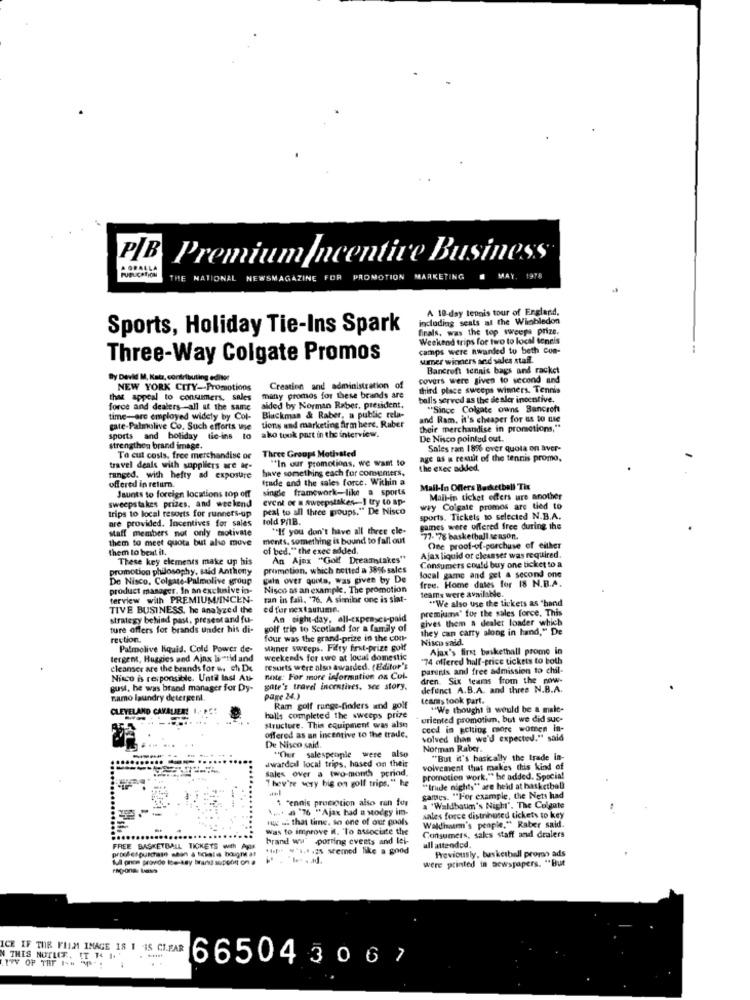
PB
PremiumIncentive Business
A GRALLA
THE NATIONAL NEWSMAGAZINE FOR
PROMOTION MARKETING
MAY. 1978
A 10-day teunis tour of England,
including seats al the Wimbledon
Sports, Holiday Tie-Ins Spark
finals, was the top sweeps prize.
Weekend trips for two to local tennis
camps were awarded to beth com-
Three-Way Colgate Promos
sumer winners and sales staff.
Bancroft tennis bags and racket
By David M, Katz, contributing editor
covers were given to second and
NEW YORK CITY -- Promotions
Creation and administration of
third place sweeps winners. Tennis
that appeal to consumers, sales
many promos for these brands are
balls served as the dealer incentive.
force and dealers -- all at the same
aided by Norman Raber, president.
"Since Colgate owns Bancroft
time-are employed widely by Col-
Blackman & Raber, a public rela-
tions and marketing firm here. Ruber
and Ram. it's cheaper for us to use
gate-Palmolive Co. Such efforts use
their merchandise in promotions,"
sports and holiday tie-ins to
ako took part in the interview.
De Nisco pointed out.
strengthen brand image.
Three Groups Mothsted
Sales ram 18% over quota on aver-
To cut costs, free merchandise or
"In our promotions, we want to
age as a result of the tennis promo,
travel deals with suppliers are ar-
have something each for comunters,
the exec aded,
ranged. with hefty ad exposure
trade and the sales force. Within a
offered in return.
single framework-like a sports
Mail-in Offers Basketball Tix
sweepstakes prizes, and weekend
Jaunts to foreign locations top off
Event er = sweepstakes- I try to ap-
Mail-in ticket offers ure another
trips to local resorts for runners-up
peal to all three groups." De Nisco
wey Colgate promos are tied to
are provided. Incentives for sales
told P/1B.
sports. Tickets 10 selected N.B.A.
staff members not only motivate
"If you don't have all three cle-
games were offered free during the
them to meet quota but also muve
ments, something is bound to fall out
77- 78 basketball season.
them to beat il.
of bed." the exec added.
One proof-of-porchuse of either
These key elements make up his
An Ajax "Golf Dreamstakes"
Ajax liquid or cleanser was required.
promotion philosophy, said Anthony
promotion, which netted a 3896 sales
Consumers could buy one ticket to a
local game and gel & second one
De Nisco. Colgate-Palmolive group
pela over quota, was given by De
free. Home dates for 18 N.B.A.
product manager. In an exclusive in-
Nisco as an example. The promotion
teams were available.
terview with PREMIUM/INCEN-
ran in fail. '76. A similar one is siat-
"We also use the tickets as "hand
TIVE BUSINESS, he analyzed the
ed for nextautumn.
premiums" for the sales force. This
strategy behind past, present and fu-
An eight-day, all-expenses-paid
gives them a dealer loader which
ture offers for brands under his di-
golf trip to Scotland for a family of
they can carry along in hand," De
rection.
four was the grand-prize in the con-
Nisco said.
Palmolive liquid. Cold Power de-
Mamer sweeps. Fifty first-prize golf
Ajax's first baskethall prome in
tergent, Huggies and Ains liesid and
weekends for two at local domestic
74 offered half-price tickets to both
cleanser are the brands for us chi De
resorts were also awarded. (Editor's
parents and free admission to chil-
Nisco is responsible. Until last Au-
note: For more information on Col.
dren. Six teams from the noww-
gust, he was brand manager for Dy-
gite's trave incentives, see story.
defunct A.B.A. and three N.B.A.
namo laundry detergent.
page 24.)
teams took part.
CLEVELAND CAVALIERS
Ram golf runge-finders and golf
"We thought i would be a male-
bulls completed the sweeps prize
oriented promotion, but we did suc-
structure. This equipment was also
ceed in getting more women in-
offered as an incentive to the trade,
volved than we'd expected." said
De Nisco said.
Norman Raber.
awarded local trips, hased on their
"Cher salespeople were also
"But it's basically the trade in-
sales over a two-month period.
volvement that makes this kind of
They're vory bis on golf trips." he
promotion work." he added. Spocia!
"Irude nights" are held at basketball
1 Tennis promotion also ran for
games. "For example, the Nets had
4 .... al "76 "Ajax had a stodgy im-
a "Waldbaum's Night". The Colgate
www . that time, io one of our pools
sales force distributed tickets to key
Waldhaen's people." Raber said.
was to improve il. To associate the
brand ww sporting events and let-
Consumers, saks staff and dealers
FREE BASKETBALL TICKETS with Aps
proofespurchase shon à schela bougre at
the 9's,1 425 seemed like a good
all attended.
Previously, basketball promo ads
Mul pren provide low-key brands support on a
were printed in newspapers. "But
ICE IF THE FILM IMAGE 18 1 35 CI.FAR
N THIS NOTLET. IT P< 1.
665043067